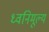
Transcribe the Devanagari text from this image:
ध्वनिमूल्य